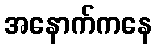
အနောက်ကနေ